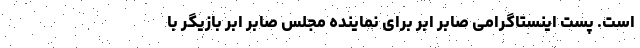
است. پست اینستاگرامی صابر ابر برای نماینده مجلس صابر ابر بازیگر با